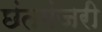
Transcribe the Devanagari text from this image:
छंतमंजरी